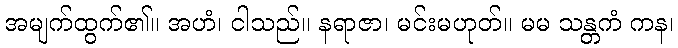
အမျက်ထွက်၏။ အဟံ၊ ငါသည်။ နရာဇာ၊ မင်းမဟုတ်။ မမ သန္တကံ ကန၊